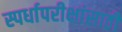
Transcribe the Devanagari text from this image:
स्पर्धापरीक्षांसाठी